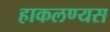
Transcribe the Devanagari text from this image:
हाकलण्यस